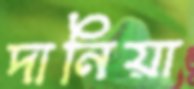
দানিয়া